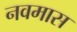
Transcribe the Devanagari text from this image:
नवमास